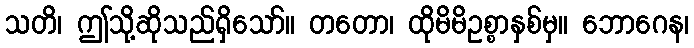
သတိ၊ ဤသို့ဆိုသည်ရှိသော်။ တတော၊ ထိုမိမိဥစ္စာနှစ်မှ။ ဘောဂေန၊